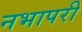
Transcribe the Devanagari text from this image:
नभापरी